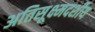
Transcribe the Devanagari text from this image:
अतिसूक्ष्मदर्शीय